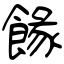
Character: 餯